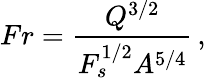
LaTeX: Fr=\frac{Q^{3/2}}{F_{s}^{1/2}A^{5/4}}\, ,